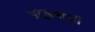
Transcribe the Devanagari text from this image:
प्रदुषणांशी